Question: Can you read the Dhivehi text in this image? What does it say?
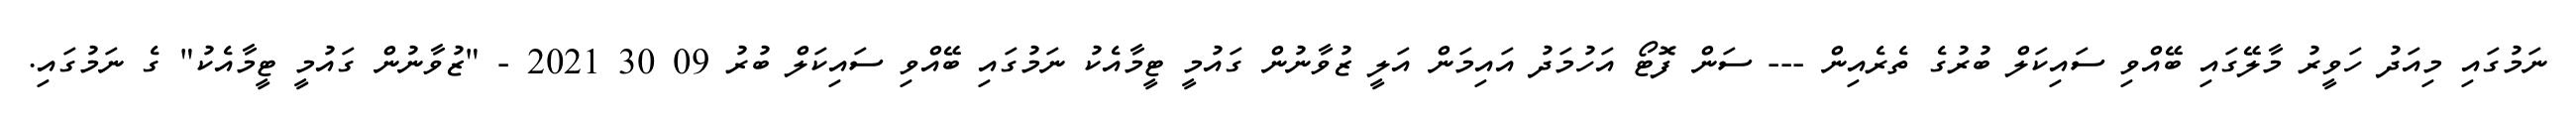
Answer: ނަމުގައި މިއަދު ހަވީރު މާލޭގައި ބޭއްވި ސައިކަލް ބުރުގެ ތެރެއިން --- ސަން ފޮޓޯ އަހުމަދު އައިމަން އަލީ ޒުވާނުން ގައުމީ ޓީމާއެކު ނަމުގައި ބޭއްވި ސައިކަލް ބުރު 09 30 2021 - "ޒުވާނުން ގައުމީ ޓީމާއެކު" ގެ ނަމުގައި.